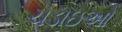
ચડાઇઓ